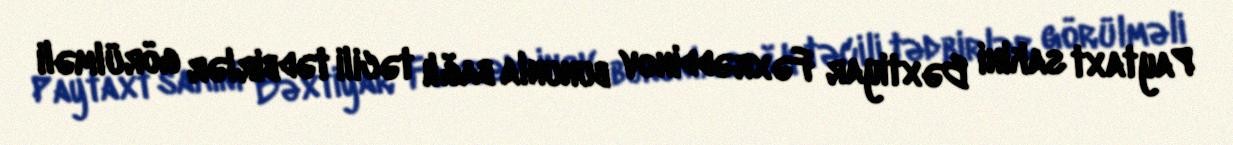
Paytaxt sakini Bəxtiyar Fəxrəddinov bununla bağlı təcili tədbirlər görülməli